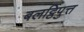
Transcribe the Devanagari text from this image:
बलट्ठिपुत्त